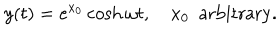
y ( t ) = e ^ { x _ { 0 } } \cosh \omega t , \quad x _ { 0 } \ \ \mathrm { a r b i t r a r y } .